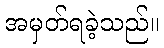
အမှတ်ရခဲ့သည်။